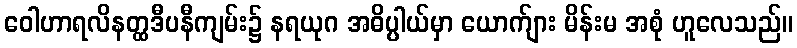
ဝေါဟာရလိနတ္ထဒီပနီကျမ်း၌ နရယုဂ အဓိပ္ပါယ်မှာ ယောက်ျား မိန်းမ အစုံ ဟူလေသည်။